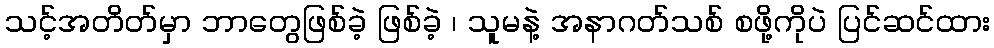
သင့်အတိတ်မှာ ဘာတွေဖြစ်ခဲ့ ဖြစ်ခဲ့ ၊ သူမနဲ့ အနာဂတ်သစ် စဖို့ကိုပဲ ပြင်ဆင်ထား